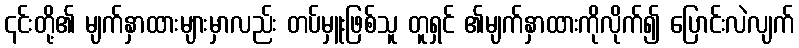
၎င်းတို့၏ မျက်နှာထားများမှာလည်း တပ်မှူးဖြစ်သူ တူရှင် ၏မျက်နှာထားကိုလိုက်၍ ပြောင်းလဲလျက်